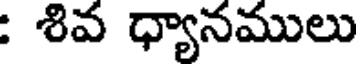
: శివ ధ్యానములు